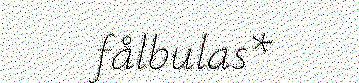
fålbulas*